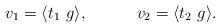
LaTeX: \begin{align*}v_1 = \langle t_1~g \rangle ,~~~~~~~~~ v_2 = \langle t_2~ g \rangle.\end{align*}